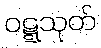
ဝဋ္ဋသုတ်